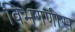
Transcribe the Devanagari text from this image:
विभगणीस